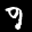
Label: 9